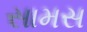
સામસ